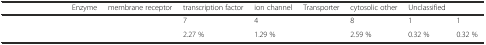
<table><thead><tr><td>[EMPTY_CELL]</td><td><b>Enzyme</b></td><td><b>membrane receptor</b></td><td><b>transcription factor</b></td><td><b>ion channel</b></td><td><b>Transporter</b></td><td><b>cytosolic other</b></td><td><b>Unclassified</b></td><td>[EMPTY_CELL]</td></tr></thead><tbody><tr><td>[EMPTY_CELL]</td><td>[EMPTY_CELL]</td><td>[EMPTY_CELL]</td><td>7</td><td>4</td><td>[EMPTY_CELL]</td><td>8</td><td>1</td><td>1</td></tr><tr><td>[EMPTY_CELL]</td><td>[EMPTY_CELL]</td><td>[EMPTY_CELL]</td><td>2.27 %</td><td>1.29 %</td><td>[EMPTY_CELL]</td><td>2.59 %</td><td>0.32 %</td><td>0.32 %</td></tr></tbody></table>